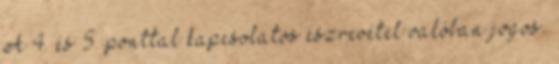
A 4. és 5. ponttal kapcsolatos észrevétel valóban jogos.